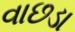
વાછડા